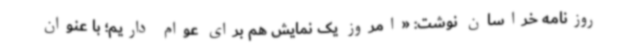
روزنامه خراسان نوشت‌: «امروز یک نمایش هم برای عوام داریم؛ با عنوان